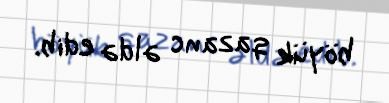
böyük qazanc əldə edib.